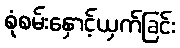
စုံစမ်းနှောင့်ယှက်ခြင်း